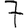
Digit: 7